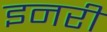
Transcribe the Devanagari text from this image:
इनरी